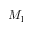
M _ { 1 }